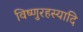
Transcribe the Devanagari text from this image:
विष्णुरहस्यादि